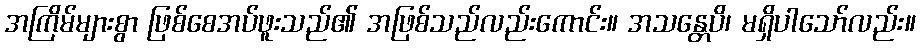
အကြိမ်များစွာ ဖြစ်စေအပ်ဖူးသည်၏ အဖြစ်သည်လည်းကောင်း။ အသန္တေပိ၊ မရှိပါသော်လည်း။